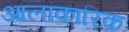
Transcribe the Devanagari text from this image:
आलांकारिक